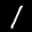
Label: 1